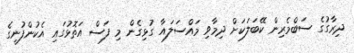
ދިރާގުގެ ސަބްމެރިން ކޭބަލަކަށް ދިމާވި މައްސަލައާ ގުޅިގެން މި ފަސް އަތޮޅުގައި އެކުންފުނީގެ